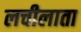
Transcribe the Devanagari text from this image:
लचीलाता